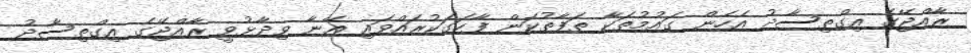
ރާއްޖޭގެ އިގްތިސާދު އެހެން ގައުމުތަކާ ތަފާތުކަން ފާހަގަކުރައްވައި އޭނާ ވިދާޅުވީ ރާއްޖޭގެ އިގްތިސާދު